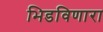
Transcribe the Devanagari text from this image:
भिडविणारा